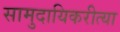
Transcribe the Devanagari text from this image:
सामुदायिकरीत्या